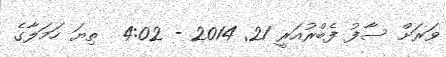
ވަރަށް ސާފު ފެބްރުއަރީ 21